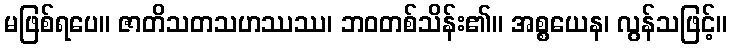
မဖြစ်ရပေ။ ဇာတိသတသဟဿဿ၊ ဘဝတစ်သိန်း၏။ အစ္စယေန၊ လွန်သဖြင့်။